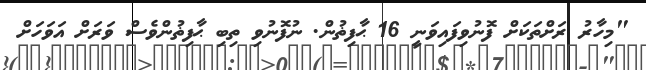
"މިހާރު ރަށްތަކަށް ފޮނުވިފައިވަނީ 16 ޙާފިޡުން. ނުފޮނުވި ތިބި ޙާފިޡުންވެސް ވަރަށް އަވަހަށް